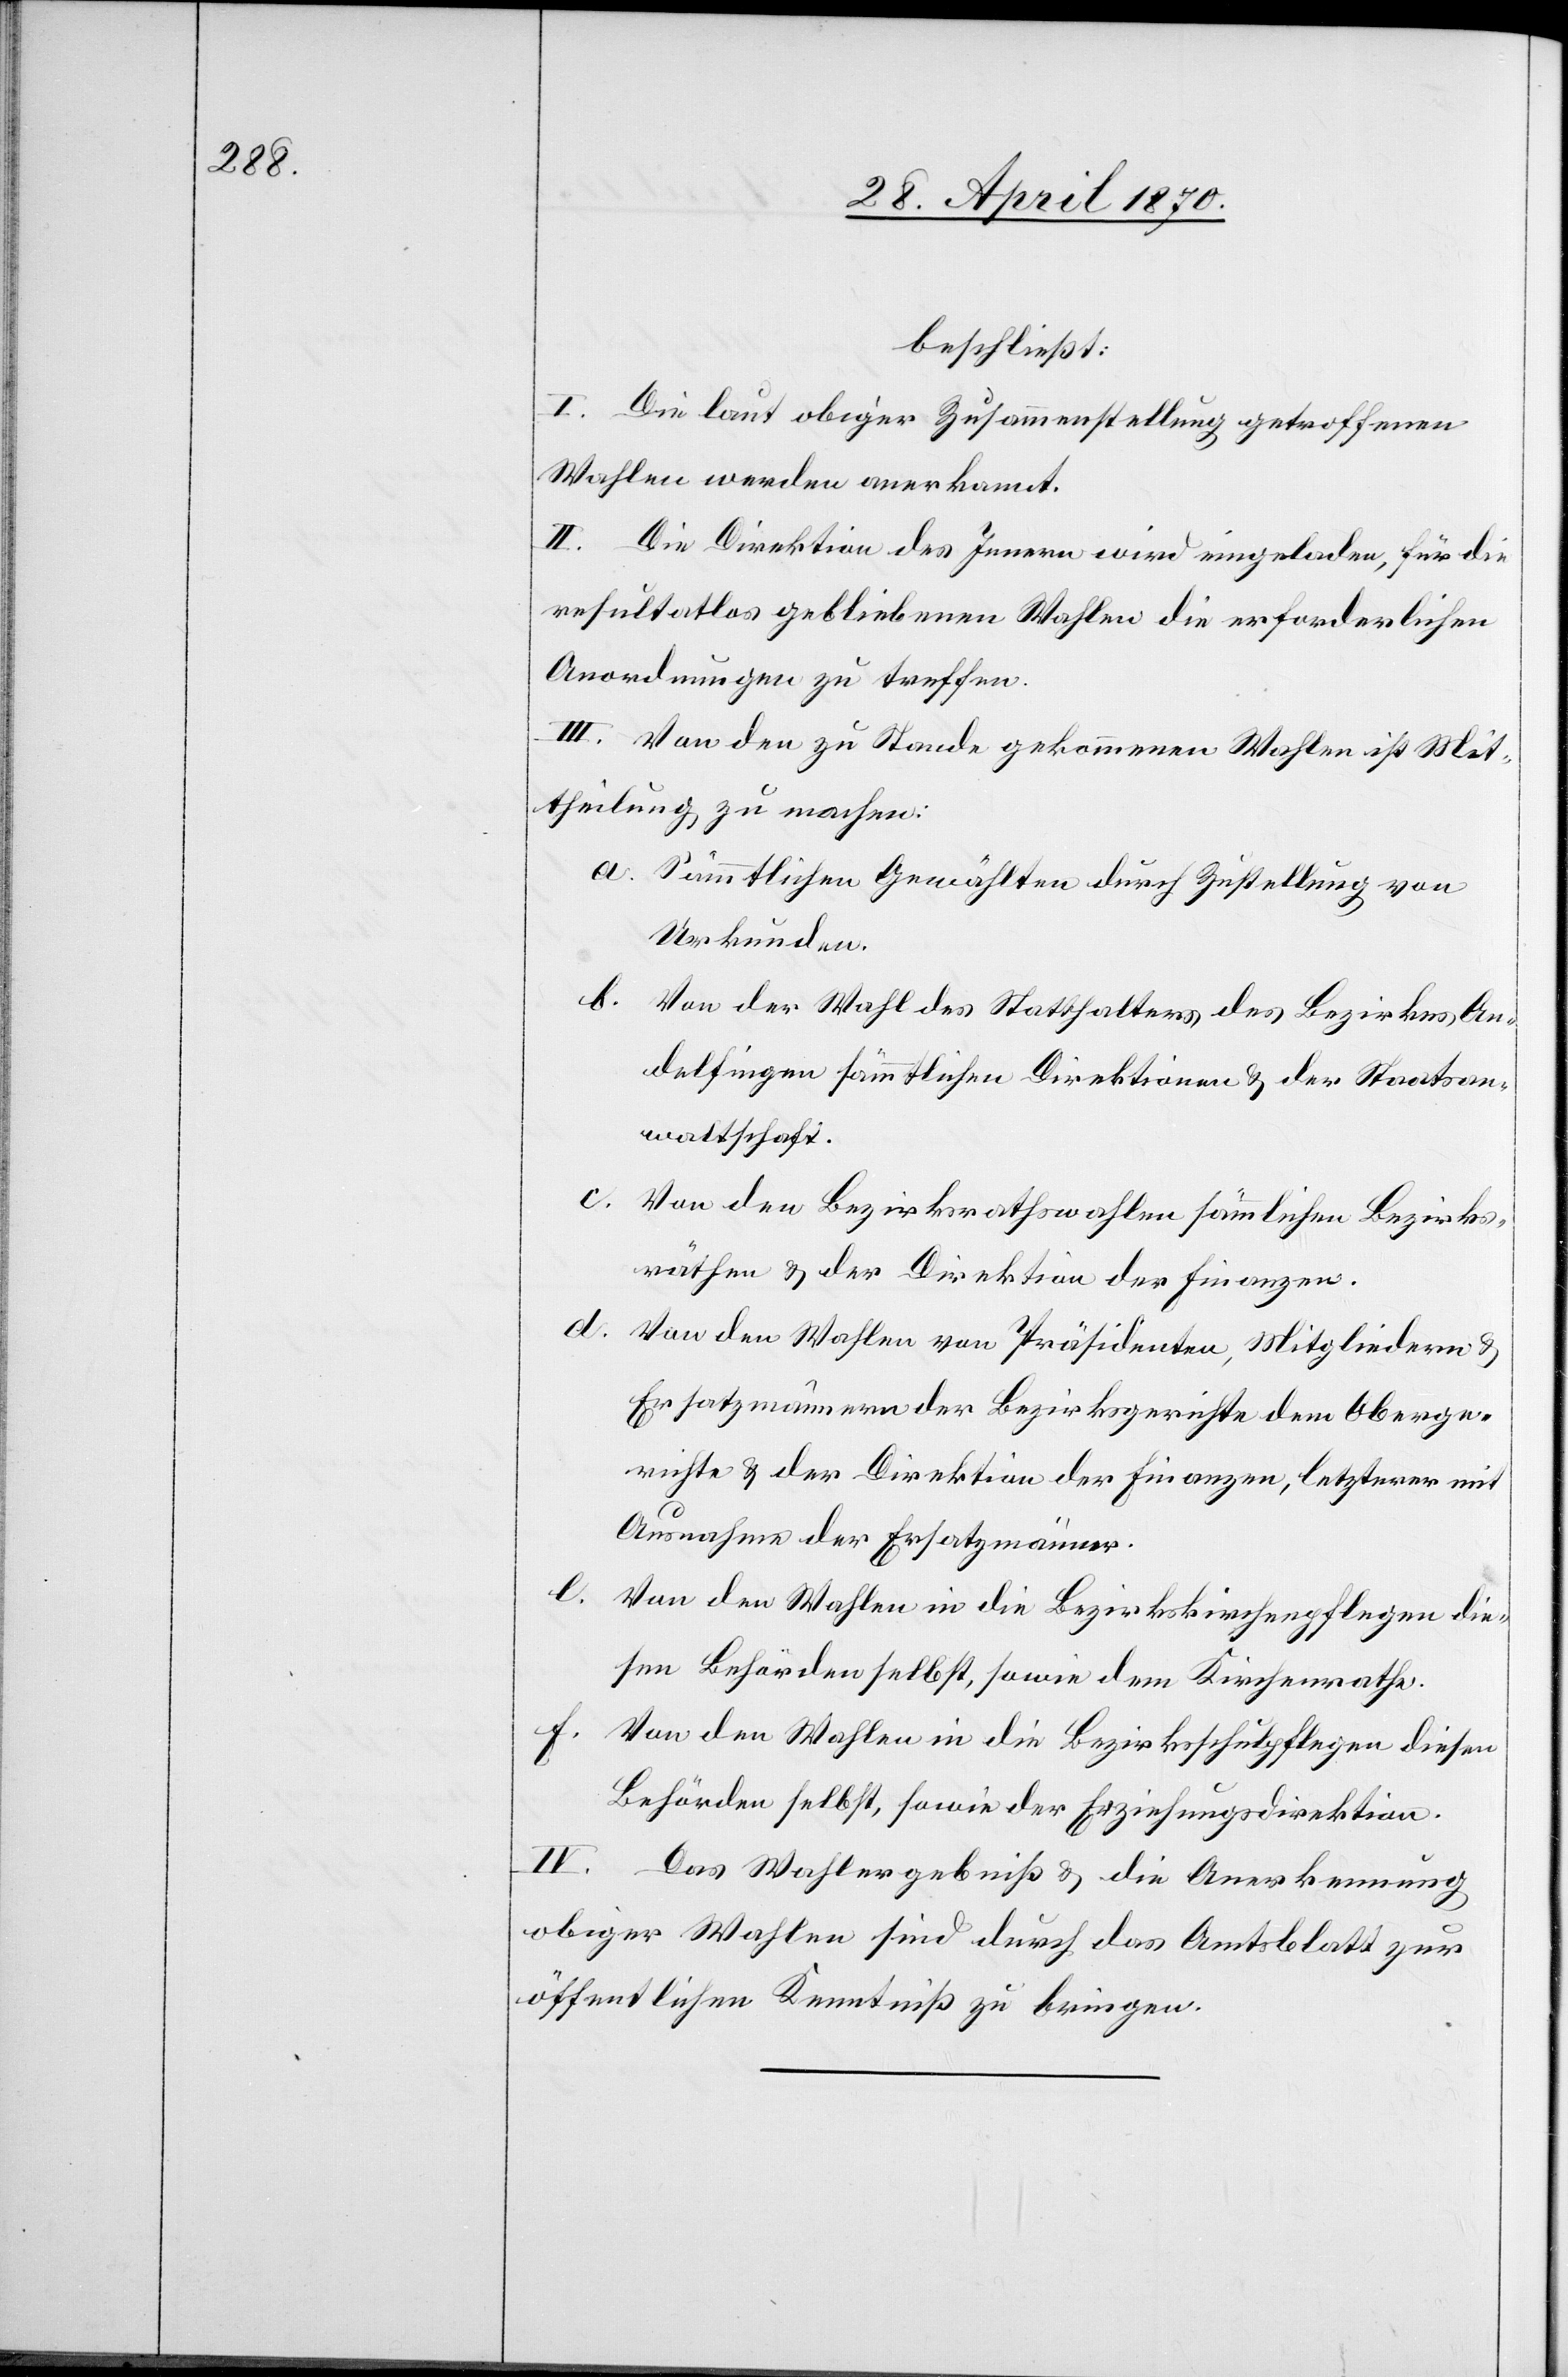
beschließt:
I. Die laut obiger Zusammenstellung getroffenen
Wahlen werden anerkannt.
II. Die Direktion des Innern wird eingeladen, für die
resultatlos gebliebenen Wahlen die erforderlichen
Anordnungen zu treffen.
III. Von den zu Stande gekommenen Wahlen ist Mit¬
theilung zu machen:
a. Sämmtlichen Gewählten durch Zustellung von
Urkunden.
b. Von der Wahl des Statthalters des Bezirkes An¬
delfingen sämmtlichen Direktionen & der Staatsan¬
waltschaft.
c. Von den Bezirksrathswahlen sämmtlichen Bezirks¬
räthen & der Direktion der Finanzen.
d.
Von den Wahlen von Präsidenten, Mitgliedern &
Ersatzmännern der Bezirksgerichte dem Oberge¬
richte & der Direktion der Finanzen, letzterer mit
Ausnahme der Ersatzmänner.
e.
Von den Wahlen in die Bezirkskirchenpflegen die¬
sen Behörden selbst, sowie dem Kirchenrathe.
f. Von den Wahlen in die Bezirksschulpflege diesen
Behörden selbst, sowie der Erziehungsdirektion.
IV. Das Wahlergebniß & die Anerkennung
obiger Wahlen sind durch das Amtsblatt zur
öffentlichen Kenntniß zu bringen.